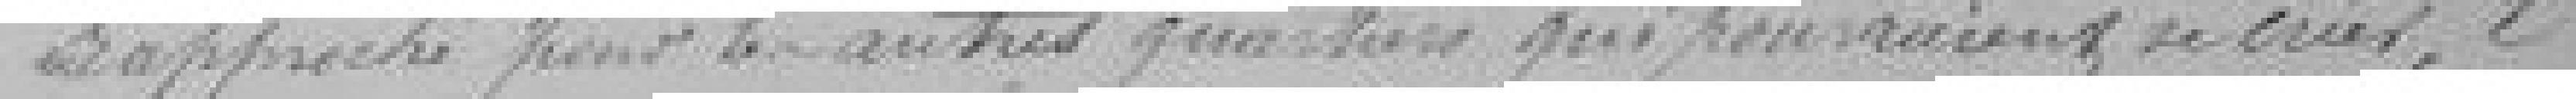
rapproché pour les autres quartiers qui pourraient se créer, l'